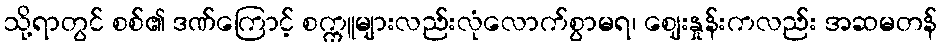
သို့ရာတွင် စစ်၏ ဒဏ်ကြောင့် စက္ကူများလည်းလုံလောက်စွာမရ၊ ဈေးနှုန်းကလည်း အဆမတန်